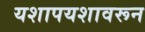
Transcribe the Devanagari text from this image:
यशापयशावरून